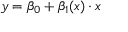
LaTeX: y = \beta _ { 0 } + \beta _ { 1 } ( x ) \cdot x